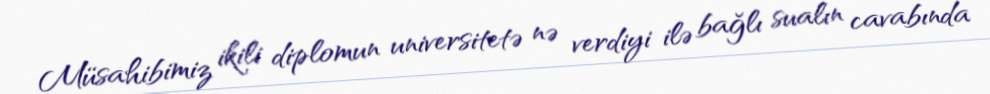
Müsahibimiz ikili diplomun universitetə nə verdiyi ilə bağlı sualın cavabında